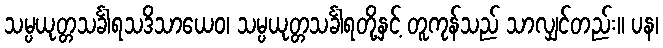
သမ္ပယုတ္တသင်္ခါရသဒိသာယေဝ၊ သမ္ပယုတ္တသင်္ခါရတို့နှင့် တူကုန်သည် သာလျှင်တည်း။ ပန၊